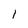
Character: 1